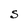
Character: S